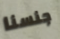
جنسنا